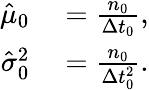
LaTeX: \begin{array}{rl}{\hat{\mu}_{0}}&{{}=\frac{n_{0}}{\Delta t_{0}},}\\ {\hat{\sigma}_{0}^{2}}&{{}=\frac{n_{0}}{\Delta t_{0}^{2}}.}\end{array}